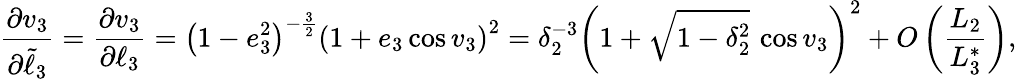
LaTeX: \frac{\partial v_{3}}{\partial\tilde{\ell}_{3}}=\frac{\partial v_{3}}{\partial\ell_{3}}=\left(1-e_{3}^{2}\right)^{-\frac{3}{2}}\left(1+e_{3}\cos v_{3}\right)^{2}=\delta_{2}^{-3}\left(1+\sqrt{1-\delta_{2}^{2}}\, \cos v_{3}\right)^{2}+O\left(\frac{L_{2}}{L_{3}^{*}}\right),